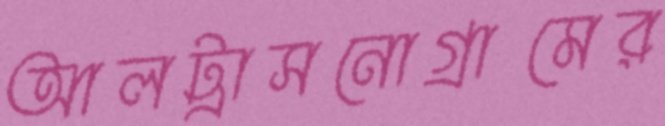
আলট্রাসনোগ্রামের